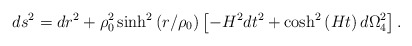
\begin{align*}ds^2=dr^2+\rho_0^2\sinh^2\left(r/\rho_0\right)\left[-H^2 dt^2+\cosh^2\left(Ht\right)d\Omega_4^2\right].\end{align*}